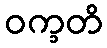
ဝက္ခတိ